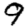
Digit: 9